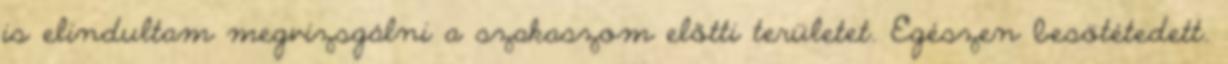
is elindultam megvizsgálni a szakaszom előtti területet. Egészen besötétedett.